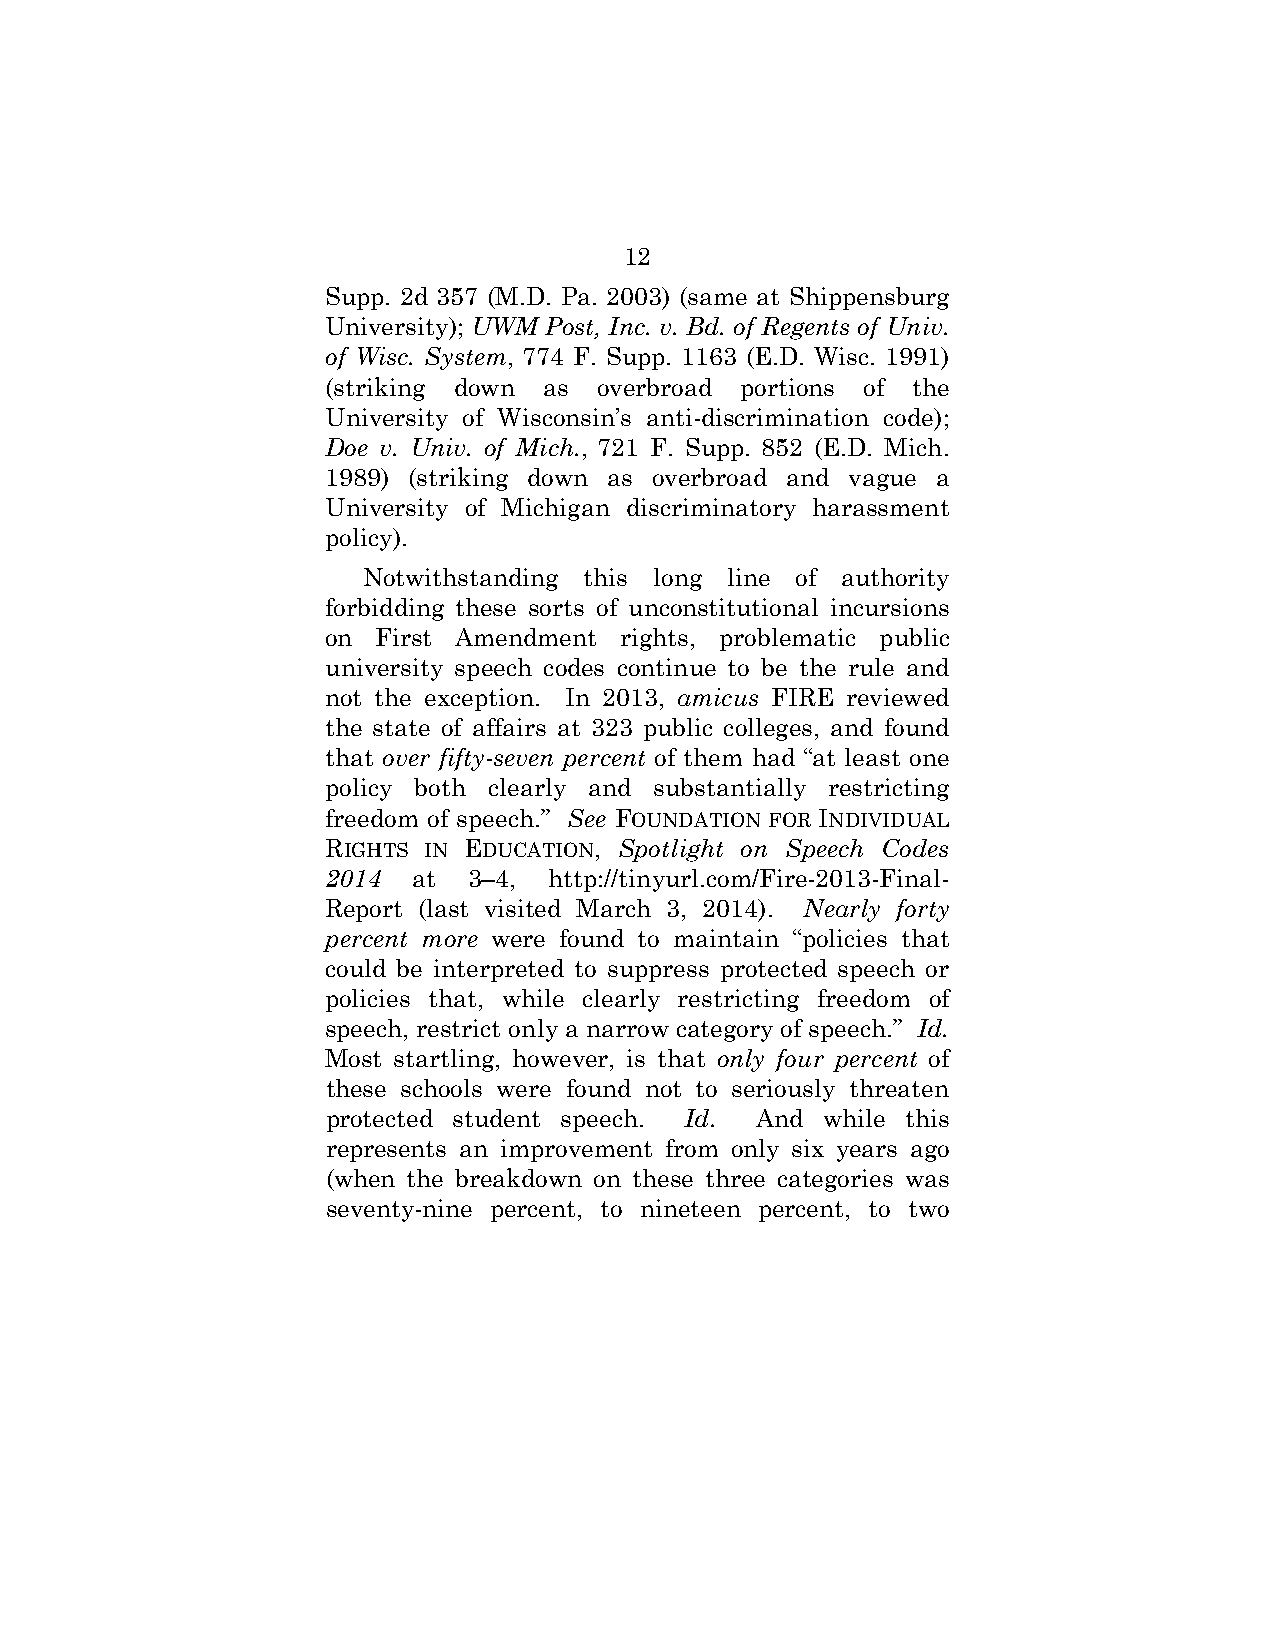
12
 Supp. 2d 357 (M.D. Pa. 2003) (same at Shippensburg
 University); UWM Post, Inc. v. Bd. of Regents of Univ.
 of Wisc. System, 774 F. Supp. 1163 (E.D. Wisc. 1991)
 (striking down as overbroad portions of the
 University of Wisconsin’s anti-discrimination code);
 Doe v. Univ. of Mich., 721 F. Supp. 852 (E.D. Mich.
 1989) (striking down as overbroad and vague a
 University of Michigan discriminatory harassment
 policy).
 Notwithstanding this long line of authority
 forbidding these sorts of unconstitutional incursions
 on First Amendment rights, problematic public
 university speech codes continue to be the rule and
 not the exception. In 2013, amicus FIRE reviewed
 the state of affairs at 323 public colleges, and found
 that over fifty-seven percent of them had “at least one
 policy both clearly and substantially restricting
 freedom of speech.” See FOUNDATION FOR INDIVIDUAL
 RIGHTS IN EDUCATION, Spotlight on Speech Codes
 2014 at  3–4, http://tinyurl.com/Fire-2013-Final-
 Report (last visited March 3, 2014). Nearly forty
 percent more were found to maintain “policies that
 could be interpreted to suppress protected speech or
 policies that, while clearly restricting freedom of
 speech, restrict only a narrow category of speech.” Id.
 Most startling, however, is that only four percent of
 these schools were found not to seriously threaten
 protected student speech. Id. And while this
 represents an improvement from only six years ago
 (when the breakdown on these three categories was
 seventy-nine percent, to nineteen percent, to two